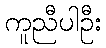
ကူညီပါဦး